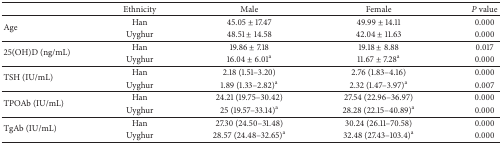
<table><thead><tr><td><b> </b></td><td><b>Ethnicity</b></td><td><b>Male</b></td><td><b>Female</b></td><td><b><i>P</i> value</b></td></tr></thead><tbody><tr><td rowspan="2">Age</td><td>Han</td><td>45.05 ± 17.47</td><td>49.99 ± 14.11</td><td>0.000</td></tr><tr><td>Uyghur</td><td>48.51 ± 14.58</td><td>42.04 ± 11.63</td><td>0.000</td></tr><tr><td rowspan="2">25(OH)D (ng/mL)</td><td>Han</td><td>19.86 ± 7.18</td><td>19.18 ± 8.88</td><td>0.017</td></tr><tr><td>Uyghur</td><td>16.04 ± 6.01<sup>a</sup></td><td>11.67 ± 7.28<sup>a</sup></td><td>0.000</td></tr><tr><td rowspan="2">TSH (IU/mL)</td><td>Han</td><td>2.18 (1.51–3.20)</td><td>2.76 (1.83–4.16)</td><td>0.000</td></tr><tr><td>Uyghur</td><td>1.89 (1.33–2.82)<sup>a</sup></td><td>2.32 (1.47–3.97)<sup>a</sup></td><td>0.007</td></tr><tr><td rowspan="2">TPOAb (IU/mL)</td><td>Han</td><td>24.21 (19.75–30.42)</td><td>27.54 (22.96–36.97)</td><td>0.000</td></tr><tr><td>Uyghur</td><td>25 (19.57–33.14)<sup>a</sup></td><td>28.28 (22.15–40.89)<sup>a</sup></td><td>0.000</td></tr><tr><td rowspan="2">TgAb (IU/mL)</td><td>Han</td><td>27.30 (24.50–31.48)</td><td>30.24 (26.11–70.58)</td><td>0.000</td></tr><tr><td>Uyghur</td><td>28.57 (24.48–32.65)<sup>a</sup></td><td>32.48 (27.43–103.4)<sup>a</sup></td><td>0.000</td></tr></tbody></table>